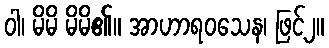
ဝါ၊ မိမိ မိမိ၏။ အာဟာရဝသေန၊ ဖြင့်၂။